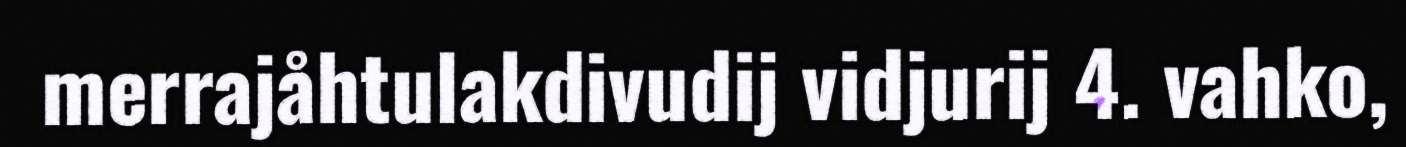
merrajåhtulakdivudij vidjurij 4. vahko,